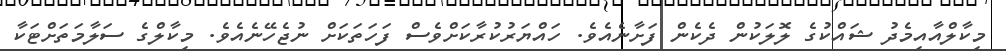
މިކާލްއާއިމެދު ޝައްކުގެ ލޮލަކުން ދެކެން ފަށާނެއެވެ. ހައްޔަރުކުރާކަށްވެސް ފަހަތަކަށް ނުޖެހޭނެއެވެ. މިކާލްގެ ސަލާމަތަށްޓަކާ